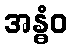
အန္ဓံဝ